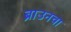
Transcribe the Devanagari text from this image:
ब्राउनचा